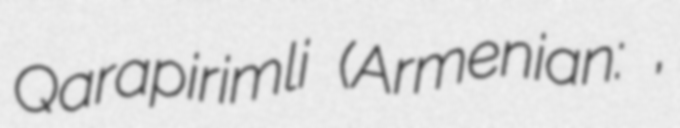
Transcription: Qarapirimli (Armenian: Ղարափիրիմլի,